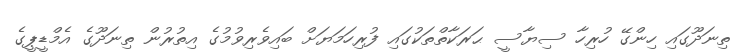
ތިނަދޫގައި ހިންގޭ ހުރިހާ ސިޔާސީ ޙަރަކާތްތަކުގައި ފުރިހަމަޔަށް ބައިވެރިވުމުގެ އިތުރުން ތިނަދޫގެ އެމްޑީޕީގެ